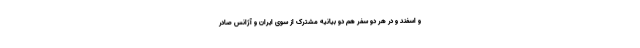
و اسفند و در هر دو سفر هم دو بیانیه مشترک از سوی ایران و آژانس صادر